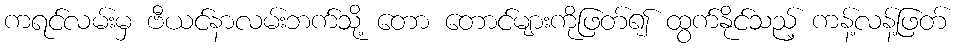
ကရင်လမ်းမှ ဗီယင်နာလမ်းဘက်သို့ တော တောင်များကိုဖြတ်၍ ထွက်နိုင်သည့် ကန့်လန့်ဖြတ်